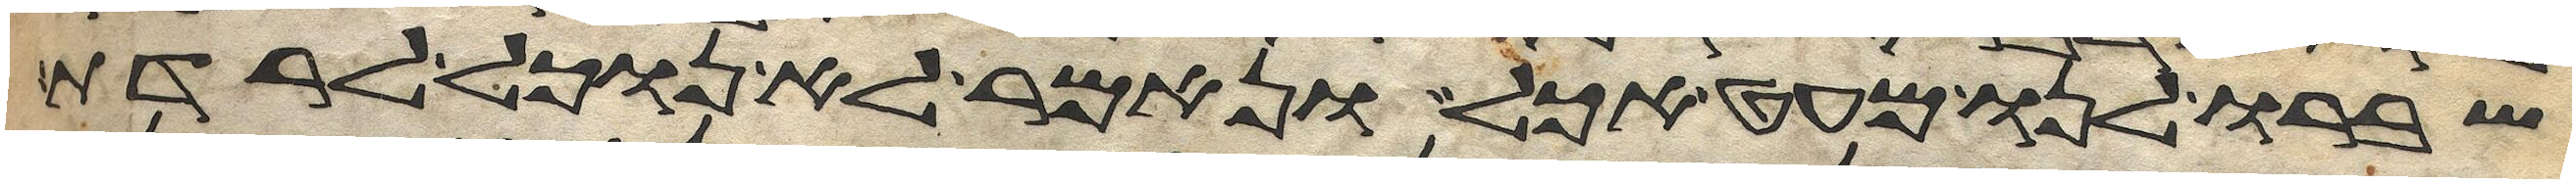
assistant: ושברו לנו מעט אכל ונאמר לא נוכל לרדת